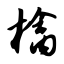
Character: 檎